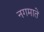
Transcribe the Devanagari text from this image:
नगमाते